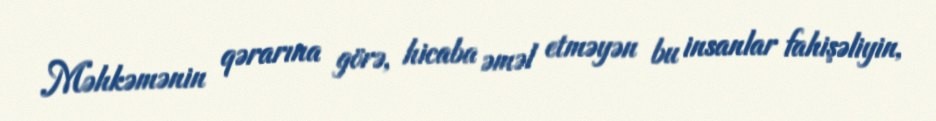
Məhkəmənin qərarına görə, hicaba əməl etməyən bu insanlar fahişəliyin,